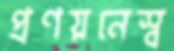
প্রণয়নেস্ব